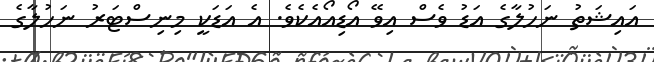
އައިޝަތު ނަހުލާގެ އަޑު ވެސް އިވޭ އޯޑިއޯއެކެވެ. އެ އަޑަކީ މިނިސްޓަރު ނަހުލާގެ